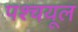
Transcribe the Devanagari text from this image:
पश्‍चयूल